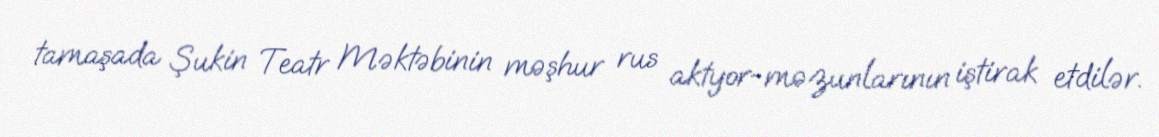
tamaşada Şukin Teatr Məktəbinin məşhur rus aktyor-məzunlarının iştirak etdilər.